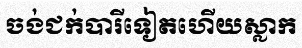
ចង់ជក់បារីទៀតហើយស្លាក